Vaccination in the Punjab 1905-1918 - 1905-1918
Year: 1905
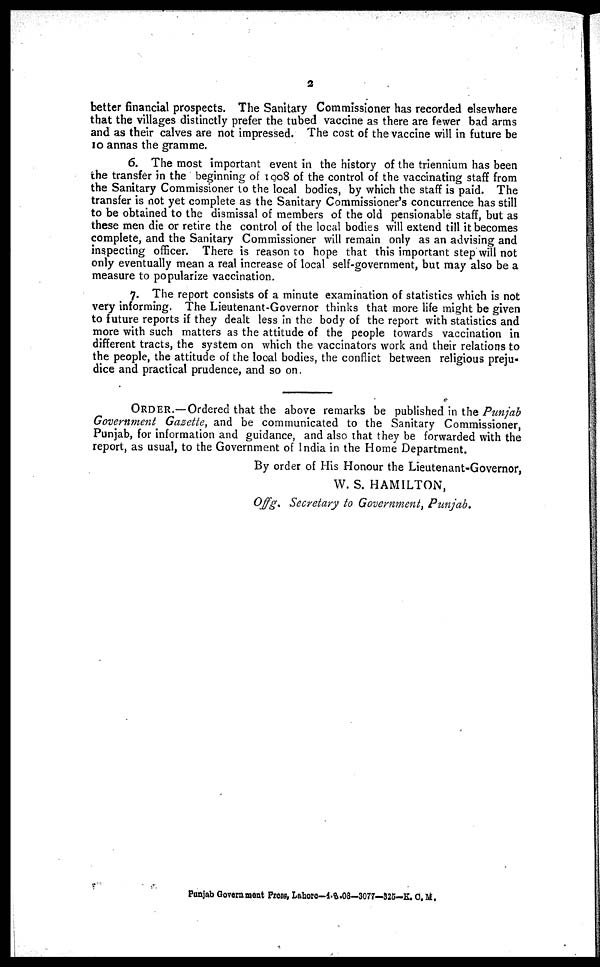
2
better financial prospects. The Sanitary Commissioner has recorded elsewhere
that the villages distinctly prefer the tubed vaccine as there are fewer bad arms
and as their calves are not impressed. The cost of the vaccine will in future be
10 annas the gramme.
6. The most important event in the history of the triennium has been
the transfer in the beginning of 1908 of the control of the vaccinating staff from
the Sanitary Commissioner to the local bodies, by which the staff is paid. The
transfer is not yet complete as the Sanitary Commissioner's concurrence has still
to be obtained to the dismissal of members of the old pensionable staff, but as
these men die or retire the control of the local bodies will extend till it becomes
complete, and the Sanitary Commissioner will remain only as an advising and
inspecting officer. There is reason to hope that this important step will not
only eventually mean a real increase of local self-government, but may also be a
measure to popularize vaccination.
7. The report consists of a minute examination of statistics which is not
very informing. The Lieutenant-Governor thinks that more life might be given
to future reports if they dealt less in the body of the report with statistics and
more with such matters as the attitude of the people towards vaccination in
different tracts, the system on which the vaccinators work and their relations to
the people, the attitude of the local bodies, the conflict between religious preju-
dice and practical prudence, and so on.
ORDER.—Ordered that the above remarks be published in the Punjab
Government Gazette, and be communicated to the Sanitary Commissioner,
Punjab, for information and guidance, and also that they be forwarded with the
report, as usual, to the Government of India in the Home Department.
By order of His Honour the Lieutenant-Governor,
W. S. HAMILTON,
Offg. Secretary to Government, Punjab.
Punjab Government Press, Lahore—4-8-08—3077—325—K. C.M.